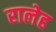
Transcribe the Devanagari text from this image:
रालेह